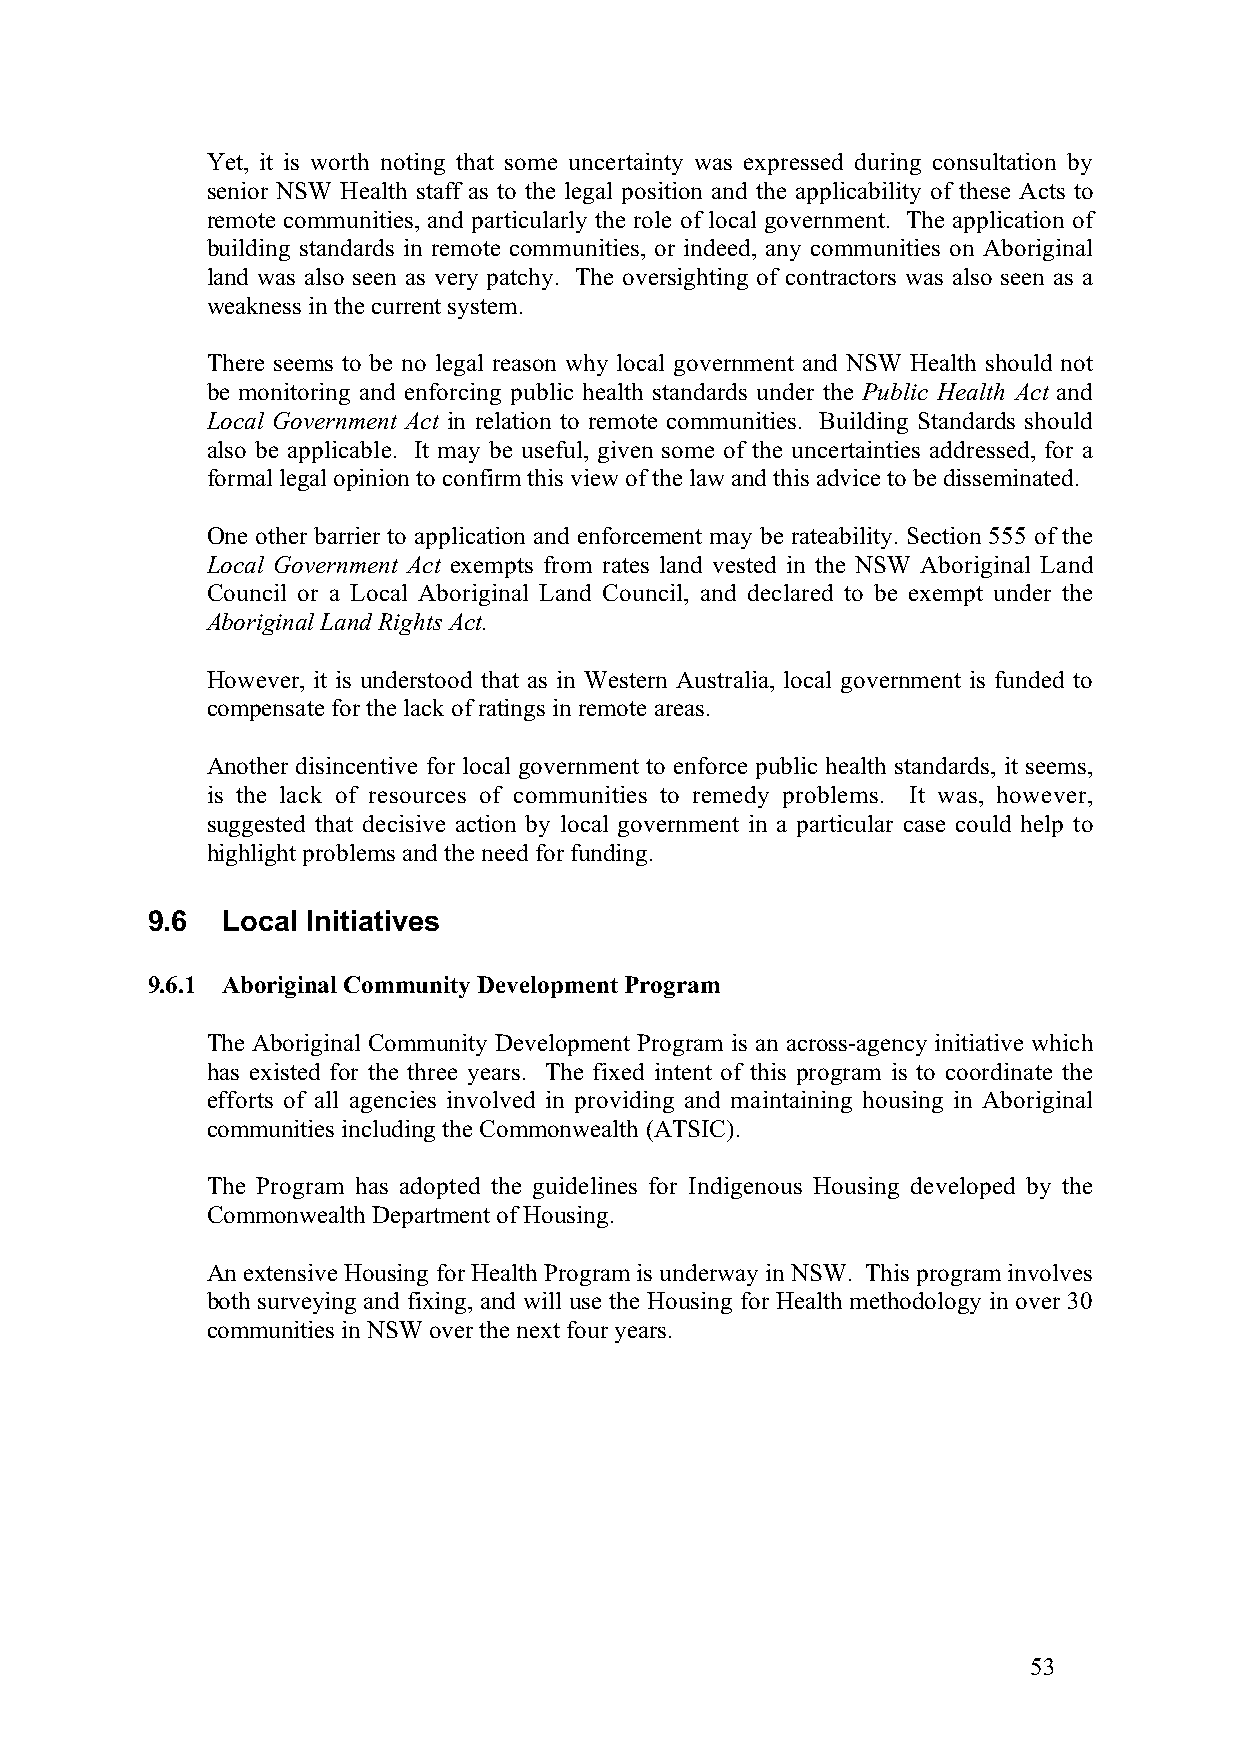
Yet, it is worth noting that some uncertainty was expressed during consultation by
 senior NSW Health staff as to the legal position and the applicability of these Acts to
 remote communities, and particularly the role of local government. The application of
 building standards in remote communities, or indeed, any communities on Aboriginal
 land was also seen as very patchy. The oversighting of contractors was also seen as a
 weakness in the current system.
 There seems to be no legal reason why local government and NSW Health should not
 be monitoring and enforcing public health standards under the Public Health Act and
 Local Government Act in relation to remote communities. Building Standards should
 also be applicable. It may be useful, given some of the uncertainties addressed, for a
 formal legal opinion to confirm this view of the law and this advice to be disseminated.
 One other barrier to application and enforcement may be rateability. Section 555 of the
 Local Government Act exempts from rates land vested in the NSW Aboriginal Land
 Council or a Local Aboriginal Land Council, and declared to be exempt under the
 Aboriginal Land Rights Act.
 However, it is understood that as in Western Australia, local government is funded to
 compensate for the lack of ratings in remote areas.
 Another disincentive for local government to enforce public health standards, it seems,
 is the lack of resources of communities to remedy problems. It was, however,
 suggested that decisive action by local government in a particular case could help to
 highlight problems and the need for funding.
 9.6  Local Initiatives
 9.6.1 Aboriginal Community Development Program
 The Aboriginal Community Development Program is an across-agency initiative which
 has existed for the three years. The fixed intent of this program is to coordinate the
 efforts of all agencies involved in providing and maintaining housing in Aboriginal
 communities including the Commonwealth (ATSIC).
 The Program has adopted the guidelines for Indigenous Housing developed by the
 Commonwealth Department of Housing.
 An extensive Housing for Health Program is underway in NSW. This program involves
 both surveying and fixing, and will use the Housing for Health methodology in over 30
 communities in NSW over the next four years.
 53